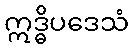
ဣဒ္ဓိပဒေသံ